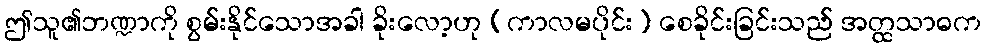
ဤသူ၏ဘဏ္ဍာကို စွမ်းနိုင်သောအခါ ခိုးလော့ဟု (ကာလမပိုင်း) စေခိုင်းခြင်းသည် အတ္ထသာဓက